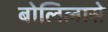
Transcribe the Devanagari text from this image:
बोलिलासे